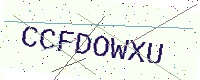
Text: CCFDOWXU